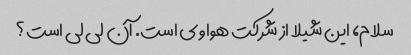
سلام، این شیلا از شرکت هواوی است. آن لی لی است؟